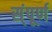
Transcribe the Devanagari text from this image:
स्ंपूर्ण